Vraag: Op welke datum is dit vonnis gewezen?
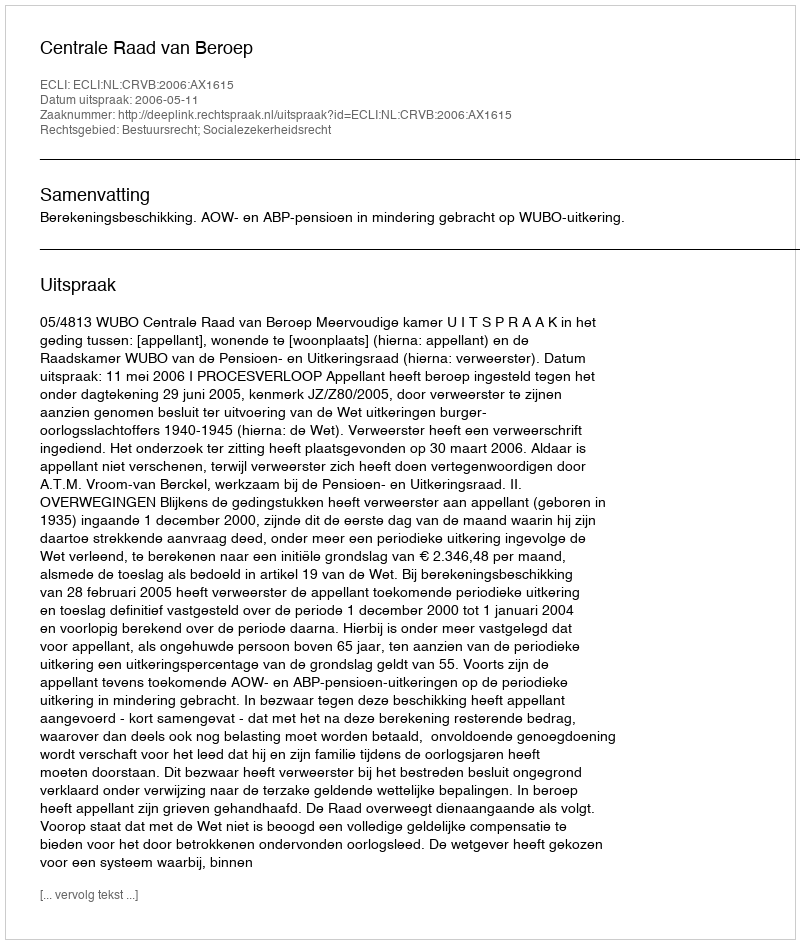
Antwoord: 2006-05-11